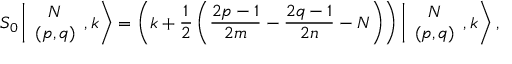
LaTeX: S _ { 0 } \left\vert \begin{array} { c } { { N } } \\ { { ( p , q ) } } \end{array} , k \right> = \left( k + \displaystyle \frac { 1 } { 2 } \left( \frac { 2 p - 1 } { 2 m } - \frac { 2 q - 1 } { 2 n } - N \right) \right) \left\vert \begin{array} { c } { { N } } \\ { { ( p , q ) } } \end{array} , k \right> ,